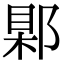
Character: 𨜑